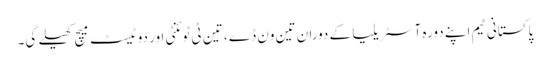
پاکستانی ٹیم اپنے دورہ آسٹریلیا کے دوران تین ون ڈے ، تین ٹی ٹوئنٹی اور دو ٹیسٹ میچ کھیلے گی۔